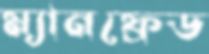
ম্যানফ্রেড